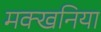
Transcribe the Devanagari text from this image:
मक्खनिया